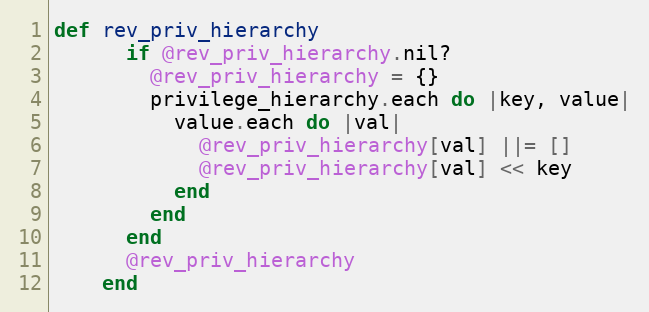
Language: Ruby
def rev_priv_hierarchy
      if @rev_priv_hierarchy.nil?
        @rev_priv_hierarchy = {}
        privilege_hierarchy.each do |key, value|
          value.each do |val|
            @rev_priv_hierarchy[val] ||= []
            @rev_priv_hierarchy[val] << key
          end
        end
      end
      @rev_priv_hierarchy
    end